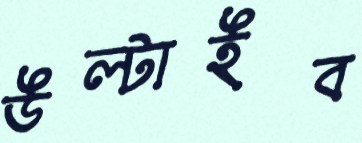
উল্‌টাইব